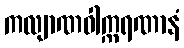
ကလျာဏဝါက္ကရဏာနံ